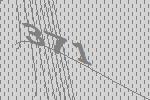
371